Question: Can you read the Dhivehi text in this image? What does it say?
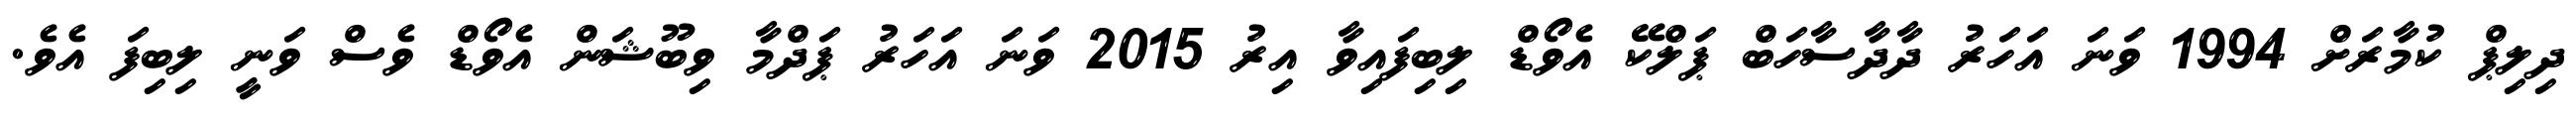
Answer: ދިލިޕް ކުމާރަށް 1994 ވަނަ އަހަރު ދާދާސާހަބް ޕަލްކޭ އެވޯޑް ލިބިފައިވާ އިރު 2015 ވަނަ އަހަރު ޕަދްމާ ވިބޫޝަން އެވޯޑް ވެސް ވަނީ ލިބިފަ އެވެ.